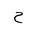
Letter: _ha